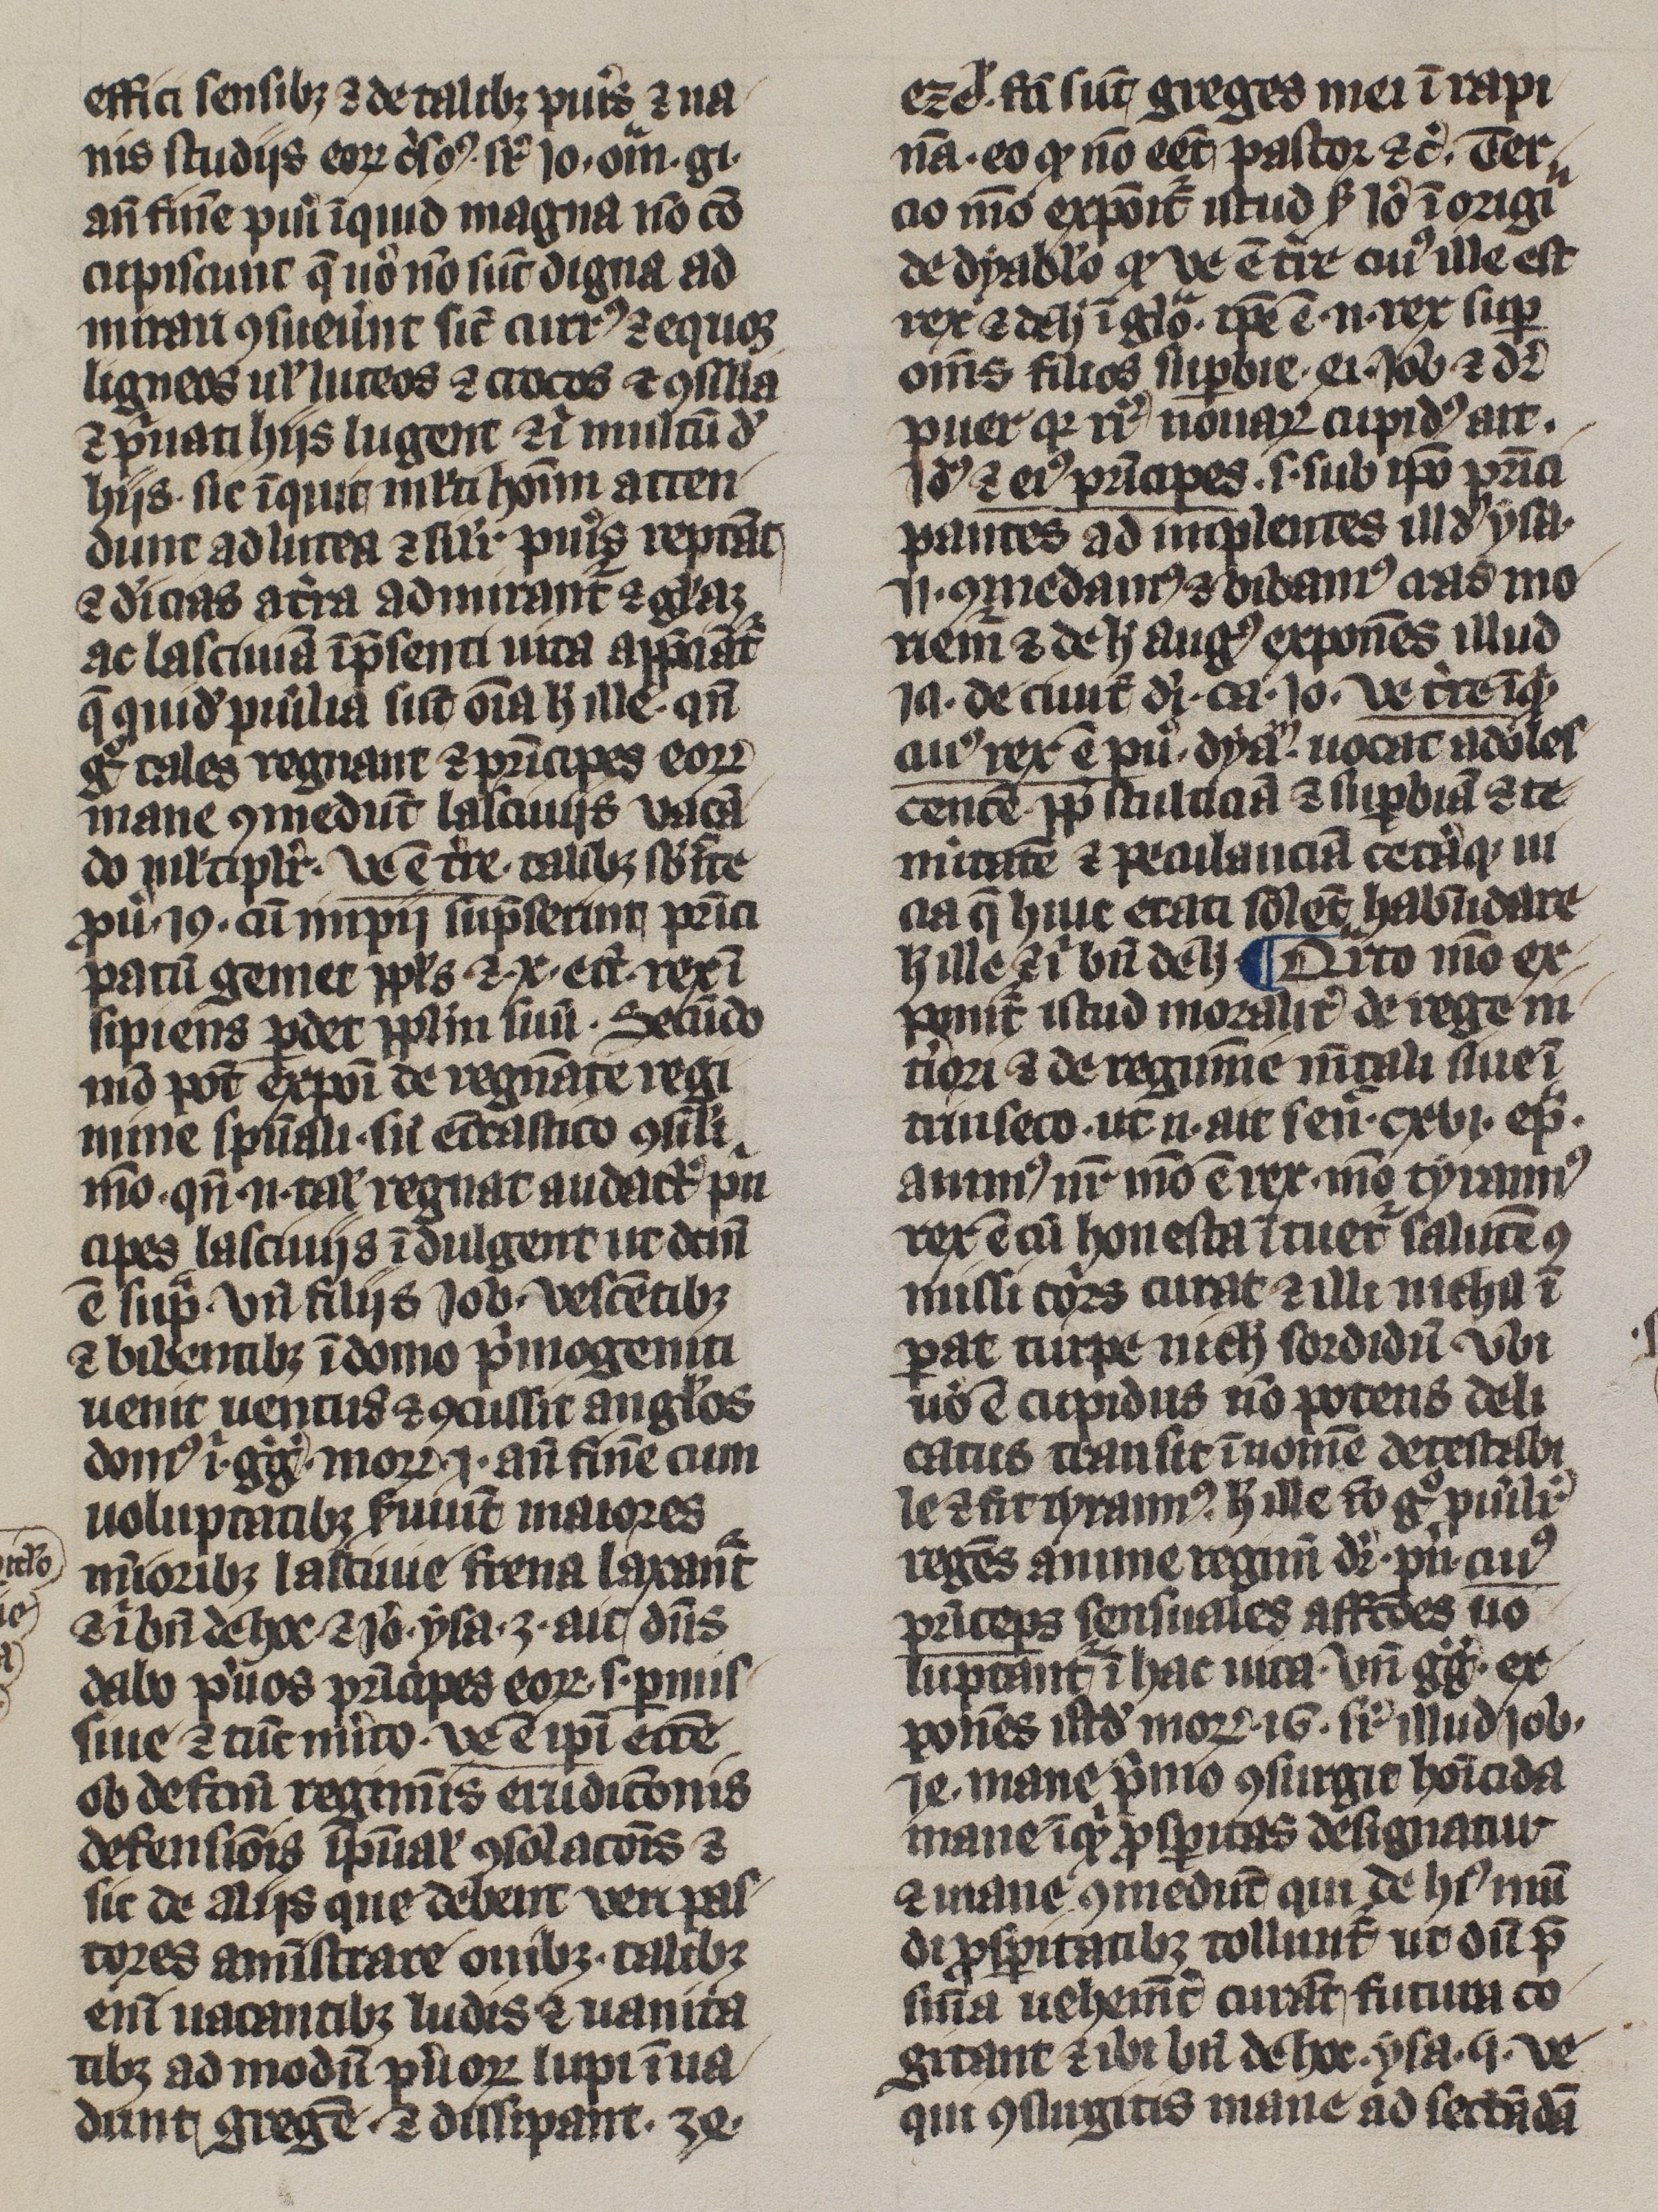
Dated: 1300–1399